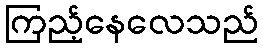
ကြည့်နေလေသည်